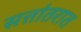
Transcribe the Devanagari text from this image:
सत्तांतरात